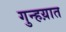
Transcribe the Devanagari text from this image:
गुन्हय़ात